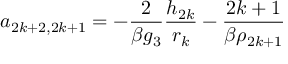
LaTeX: a _ { 2 k + 2 , 2 k + 1 } = - \frac { 2 } { \beta g _ { 3 } } \frac { h _ { 2 k } } { r _ { k } } - \frac { 2 k + 1 } { \beta \rho _ { 2 k + 1 } }